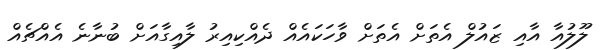
ލޫލުއާ އާއި ޒައުލް އެތަށް އެތަށް ވާހަކައެއް ދެއްކިއިރު ލާއިގާއަށް ބުނާނެ އެއްޗެއް